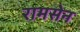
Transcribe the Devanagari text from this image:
रामसेन